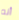
أنه